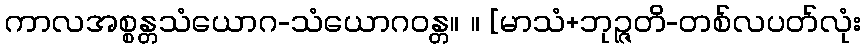
ကာလအစ္စန္တသံယောဂ-သံယောဂဝန္တ။ ။ [မာသံ+ဘုဉ္ဇတိ-တစ်လပတ်လုံး